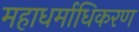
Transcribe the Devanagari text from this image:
महाधर्माधिकरण